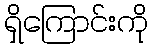
ရှိကြောင်းကို